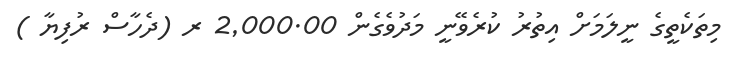
މިތަކެތީގެ ނީލަމަށް އިތުރު ކުރެވޭނީ މަދުވެގެން 2